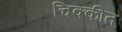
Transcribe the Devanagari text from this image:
चिक्कीत